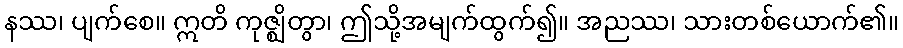
နဿ၊ ပျက်စေ။ ဣတိ ကုဇ္ဈိတွာ၊ ဤသို့အမျက်ထွက်၍။ အညဿ၊ သားတစ်ယောက်၏။